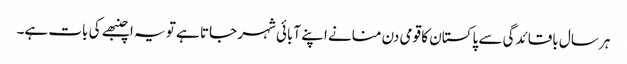
ہر سال باقائدگی سے پاکستان کا قومی دن منانے اپنے آبائی شہر جاتا ہے تو یہ اچنبھے کی بات ہے۔